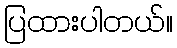
ပြထားပါတယ်။